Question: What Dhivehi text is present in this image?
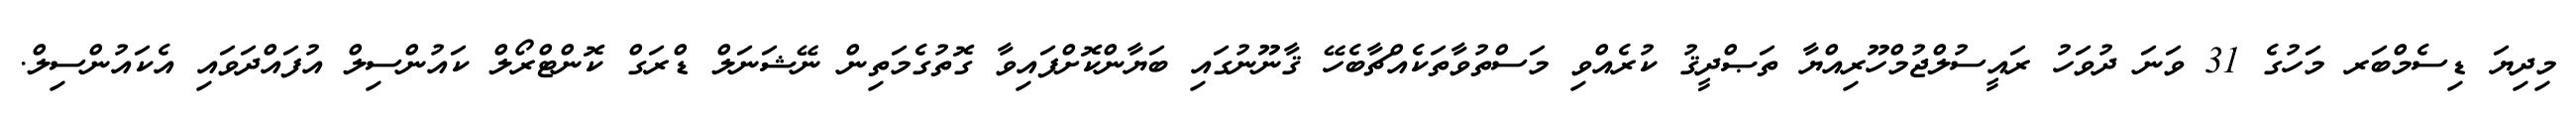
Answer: މިދިޔަ ޑިސެމްބަރ މަހުގެ 31 ވަނަ ދުވަހު ރައީސުލްޖުމްހޫރިއްޔާ ތަޞްދީޤު ކުރެއްވި މަސްތުވާތަކެއްޗާބެހޭ ޤާނޫނުގައި ބަޔާންކޮށްފައިވާ ގޮތުގެމަތިން ނޭޝަނަލް ޑްރަގް ކޮންޓްރޯލް ކައުންސިލް އުފައްދަވައި އެކައުންސިލް.